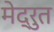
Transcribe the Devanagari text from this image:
मेद्रुत